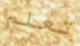
تعلم